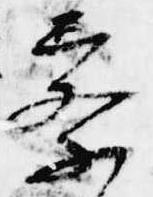
察